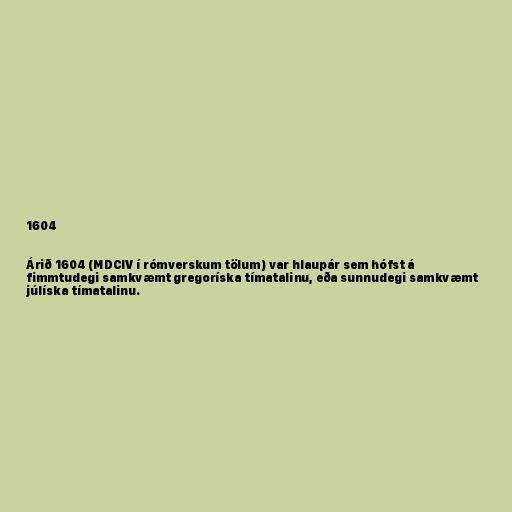
1604

Árið 1604 (MDCIV í rómverskum tölum) var hlaupár sem hófst á
fimmtudegi samkvæmt gregoríska tímatalinu, eða sunnudegi samkvæmt
júlíska tímatalinu.